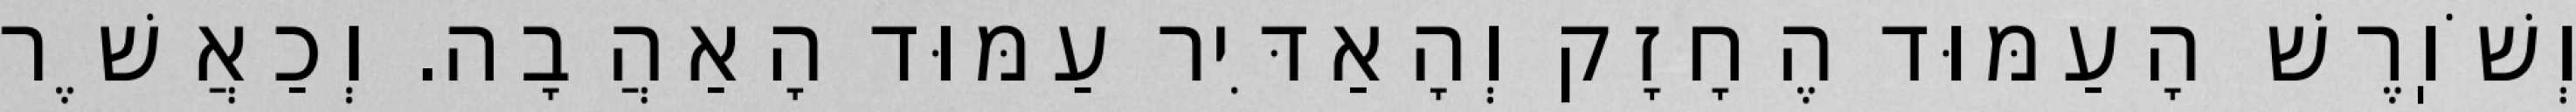
וְשֹׁוֽרֶשׁ הָעַמּוּד הֶחָזָק וְהָאַדִּיר עַמּוּד הָאַהֲבָה. וְכַאֲשֶׁר